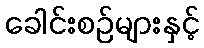
ခေါင်းစဉ်များနှင့်